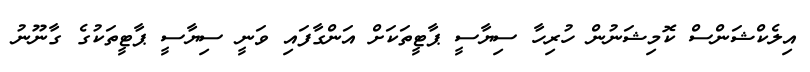
އިލެކްޝަންސް ކޮމިޝަނުން ހުރިހާ ސިޔާސީ ޕާޓީތަކަށް އަންގާފައި ވަނީ ސިޔާސީ ޕާޓީތަކުގެ ގާނޫނު